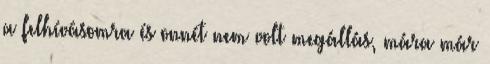
a felhívásomra és onnét nem volt megállás, mára már